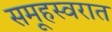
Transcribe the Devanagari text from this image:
समूहस्वरात